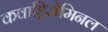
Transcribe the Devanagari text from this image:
कवाड्रिजेमिनल